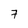
Character: 7